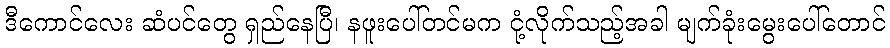
ဒီကောင်လေး ဆံပင်တွေ ရှည်နေပြီ၊ နဖူးပေါ်တင်မက ငုံ့လိုက်သည့်အခါ မျက်ခုံးမွေးပေါ်တောင်